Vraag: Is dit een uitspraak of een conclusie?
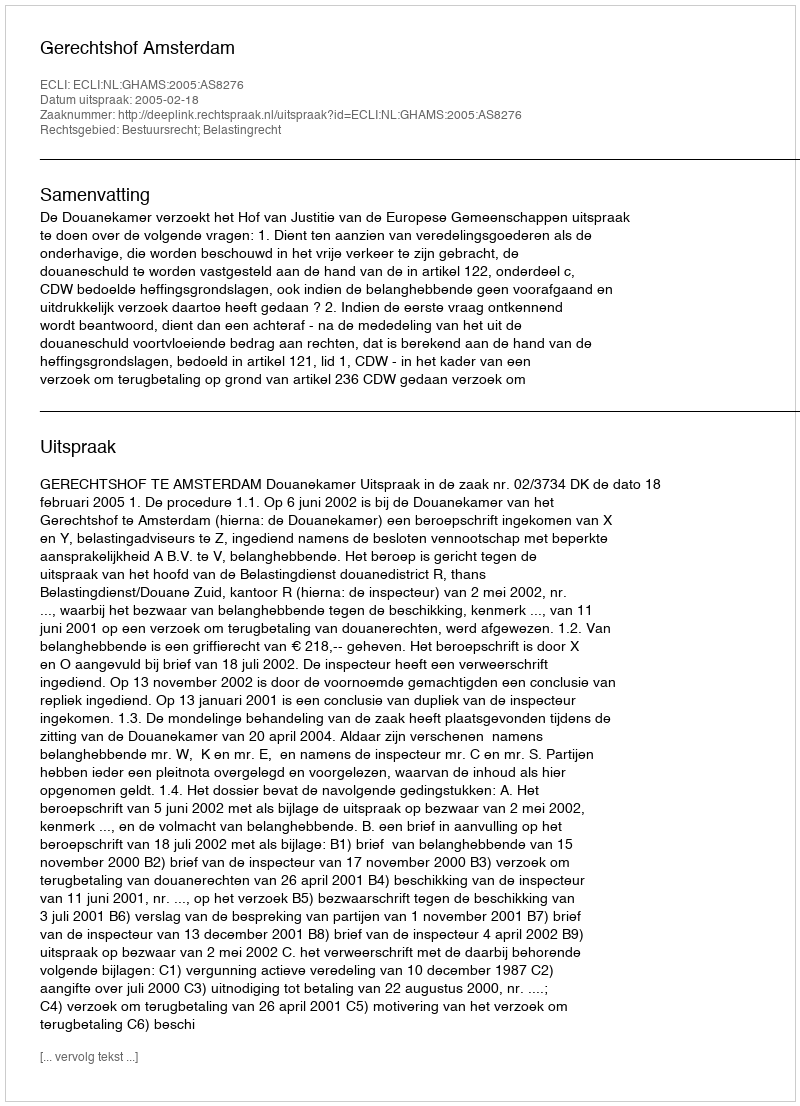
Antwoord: Uitspraak